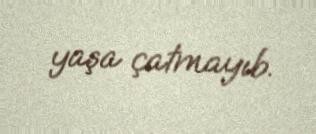
yaşa çatmayıb.